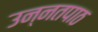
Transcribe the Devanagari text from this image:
उन्नतपाठ